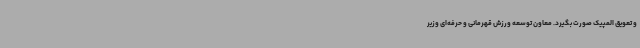
و تعویق المپیک صورت بگیرد. معاون توسعه ورزش قهرمانی و حرفه‌ای وزیر